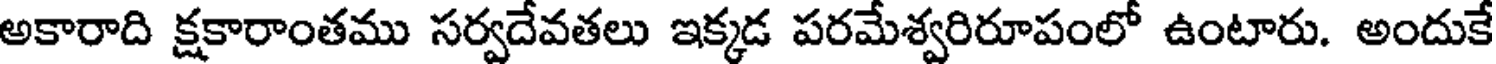
అకారాది క్షకారాంతము సర్వదేవతలు ఇక్కడ పరమేశ్వరిరూపంలో ఉంటారు. అందుకే